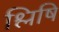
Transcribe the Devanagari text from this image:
श्लिषि